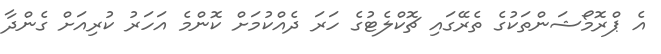
އެ ޕްރޮމޯޝަންތަކުގެ ތެރޭގައި ޗޮކްލެޓުގެ ހަރަ ދެއްކުމަށް ކޮންމެ އަހަރު ކުރިއަށް ގެންދާ